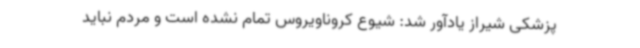
پزشکی شیراز یادآور شد: شیوع کروناویروس تمام نشده است و مردم نباید